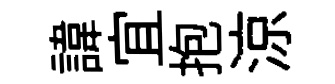
諱宜抱涼